Vaccination in the Punjab 1919-1929 - 1919-1929
Year: 1919
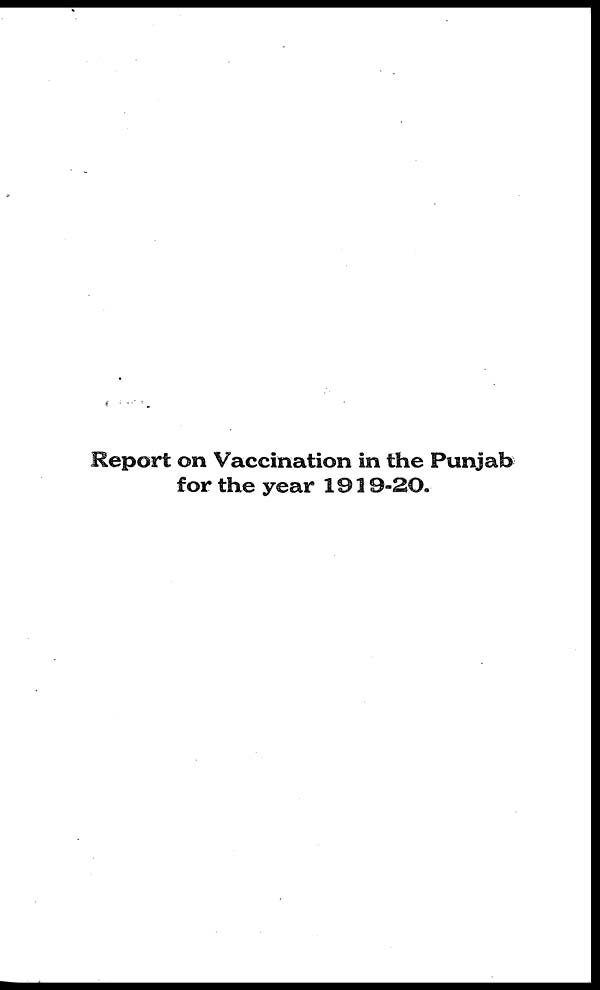
Report on Vaccination in the Punjab
for the year 1919-20.